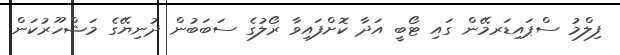
ފިލްމު ސްޕައިޑަރމޭން ގައި ޓޯބީ އަދާ ކޮށްފައިވާ ރޯލުގެ ސަބަބުން ދުނިޔޭގެ މަޝްހޫރުކަން